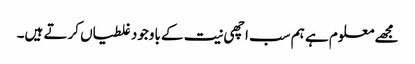
مجھے معلوم ہے ہم سب اچھی نیت کے باوجود غلطیاں کرتے ہیں۔